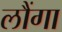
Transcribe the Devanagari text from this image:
लौंगा